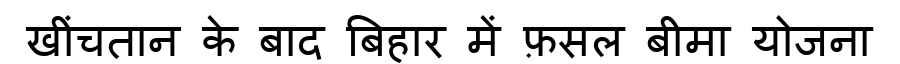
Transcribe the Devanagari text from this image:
खींचतान के बाद बिहार में फ़सल बीमा योजना